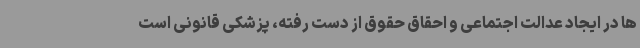
ها در ایجاد عدالت اجتماعی و احقاق حقوق از دست رفته، پزشکی قانونی است